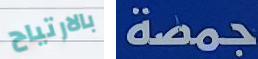
بالارتياح جمصة